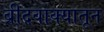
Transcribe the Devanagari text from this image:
ब्रीदवाक्यातून